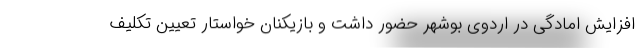
افزایش امادگی در اردوی بوشهر حضور داشت و بازیکنان خواستار تعیین تکلیف